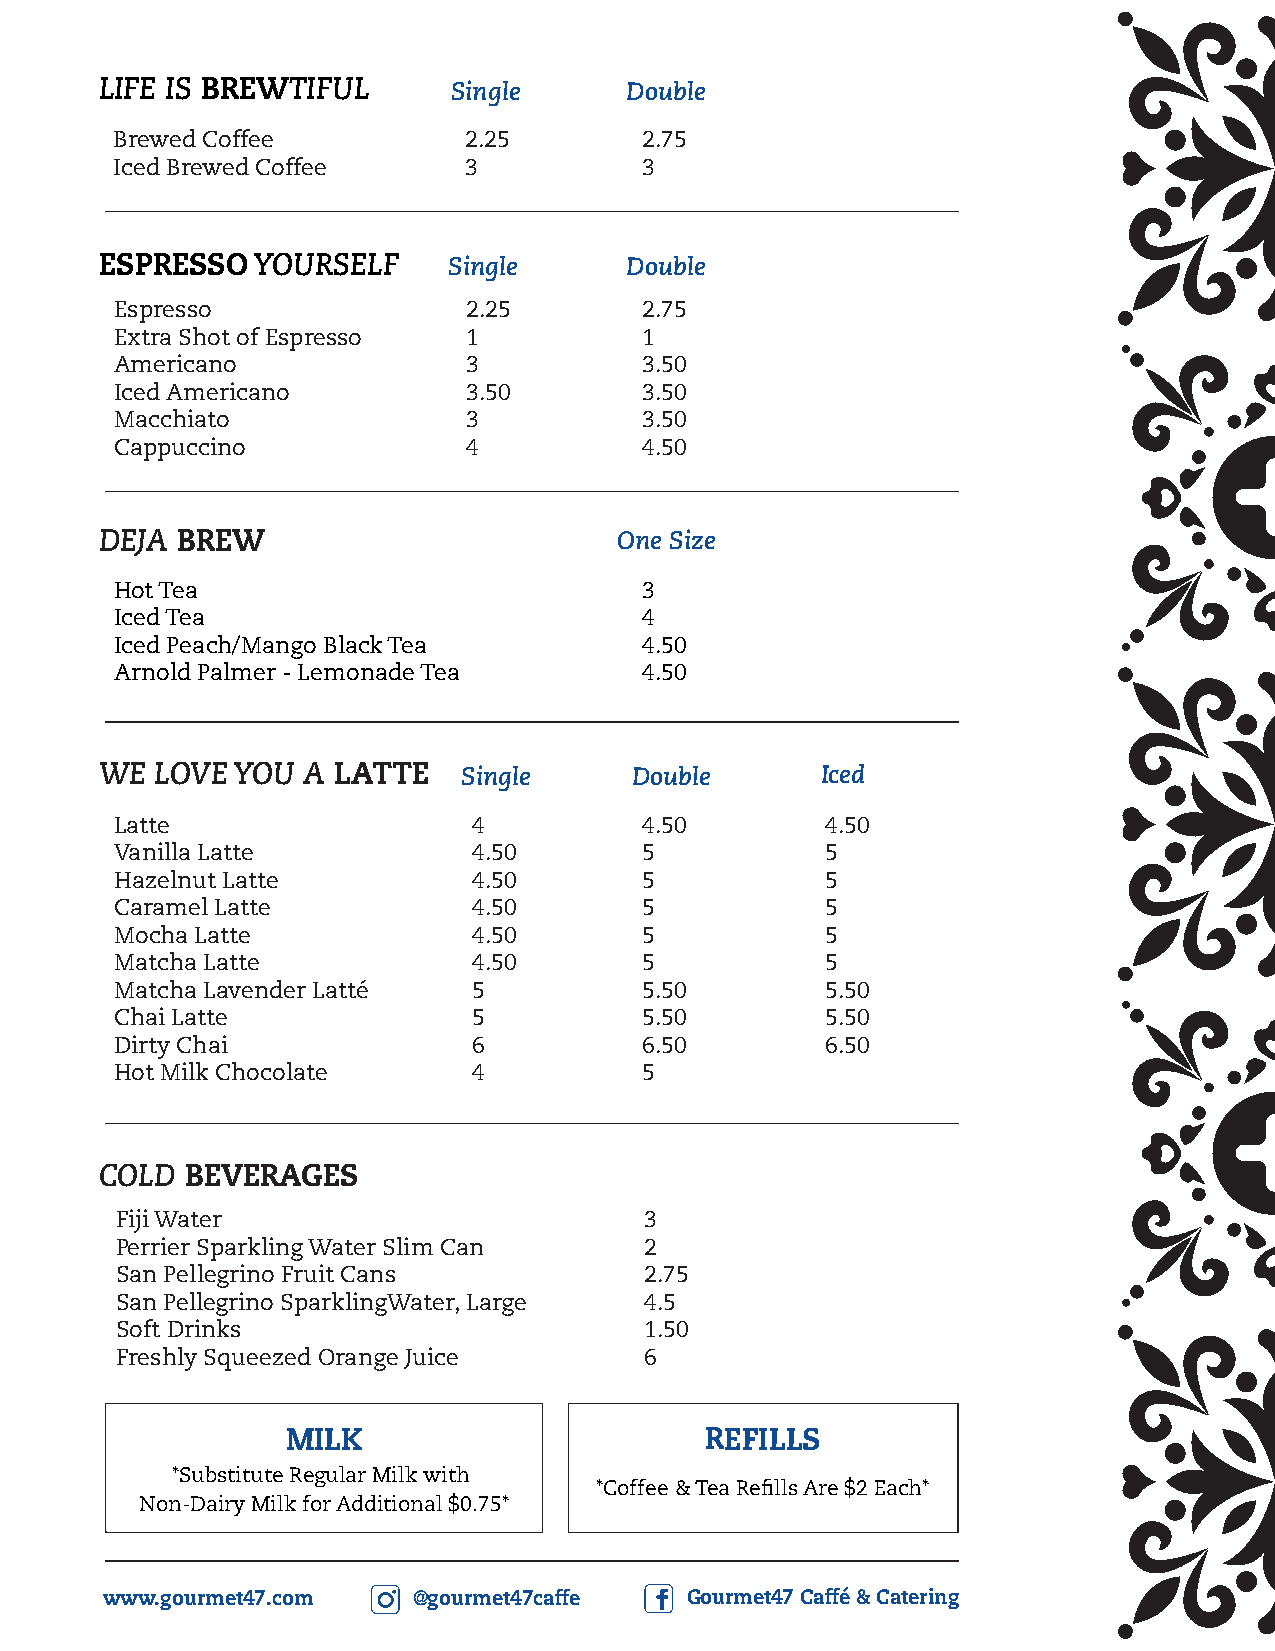
LIFE IS BREWTIFUL      Single     Double
 Brewed Coffee           2.25       2.75
 Iced Brewed Coffee      3          3
 ESPRESSO  YOURSELF     Single     Double
 Espresso               2.25        2.75
 Extra Shot of Espresso 1           1
 Americano              3           3.50
 Iced Americano         3.50        3.50
 Macchiato              3           3.50
 Cappuccino             4           4.50
 DEJA BREW                         One Size
 Hot Tea                            3
 Iced Tea                           4
 Iced Peach/Mango Black Tea         4.50
 Arnold Palmer - Lemonade Tea       4.50
 WE LOVE YOU  A LATTE    Single     Double      Iced
 Latte                  4           4.50        4.50
 Vanilla Latte          4.50        5           5
 Hazelnut Latte         4.50        5           5
 Caramel Latte          4.50        5           5
 Mocha Latte            4.50        5           5
 Matcha Latte           4.50        5           5
 Matcha Lavender Latté  5           5.50        5.50
 Chai Latte             5           5.50        5.50
 Dirty Chai             6           6.50        6.50
 Hot Milk Chocolate     4           5
 COLD BEVERAGES
 Fiji Water                         3
 Perrier Sparkling Water Slim Can   2
 San Pellegrino Fruit Cans          2.75
 San Pellegrino SparklingWater, Large 4.5
 Soft Drinks                        1.50
 Freshly Squeezed Orange Juice      6
 MILK                        REFILLS
 *Substitute Regular Milk with
 *Coffee & Tea Refills Are $2 Each*
 Non-Dairy Milk for Additional $0.75*
 www.gourmet47.com   @gourmet47caffe   Gourmet47 Caffé & Catering